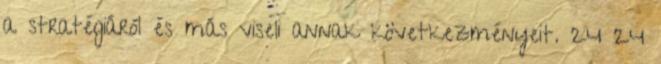
a stratégiáról és más viseli annak következményeit. 24 24